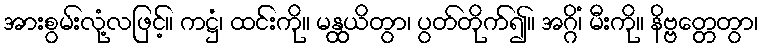
အားစွမ်းလုံ့လဖြင့်။ ကဋ္ဌံ၊ ထင်းကို။ မန္ထယိတွာ၊ ပွတ်တိုက်၍။ အဂ္ဂိံ၊ မီးကို။ နိဗ္ဗတ္တေတွာ၊